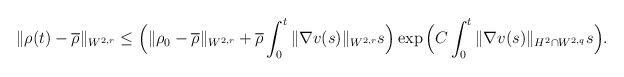
LaTeX: \begin{align*}\|\rho(t)-\overline{\rho}\|_{W^{2,r}}\leq \Big(\|\rho_0-\overline{\rho}\|_{W^{2,r}}+\overline{\rho}\int_0^t \|\nabla v(s)\|_{W^{2,r}}s\Big) \exp\Big(C\int_0^t \|\nabla v(s)\|_{H^2\cap W^{2,q}}s\Big).\end{align*}